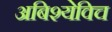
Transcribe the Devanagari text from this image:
अबिश्येविच